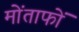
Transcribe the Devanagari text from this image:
मोंताफों